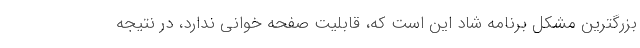
بزرگترین مشکل برنامه شاد این است که، قابلیت صفحه خوانی ندارد، در نتیجه